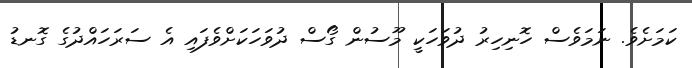
ކަމަށެވެ. ނަމަވެސް ހޮނިހިރު ދުވަހަކީ މޫސުން ގޯސް ދުވަހަކަށްވެފައި އެ ސަރަހައްދުގެ ގޮނޑު